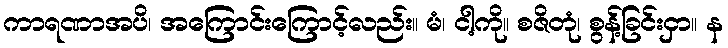
ကာရဏာအပိ၊ အကြောင်းကြောင့်လည်း။ မံ၊ ငါ့ကို။ စဇိတုံ၊ စွန့်ခြင်းငှာ။ န